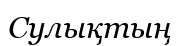
Сулықтың